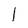
Character: l